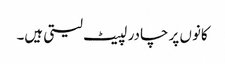
کانوں پر چادر لپیٹ لیتی ہیں۔